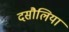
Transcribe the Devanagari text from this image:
दसौलिया